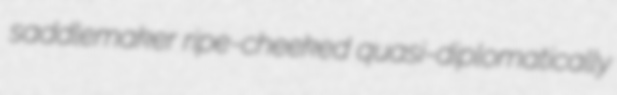
saddlemaker ripe-cheeked quasi-diplomatically